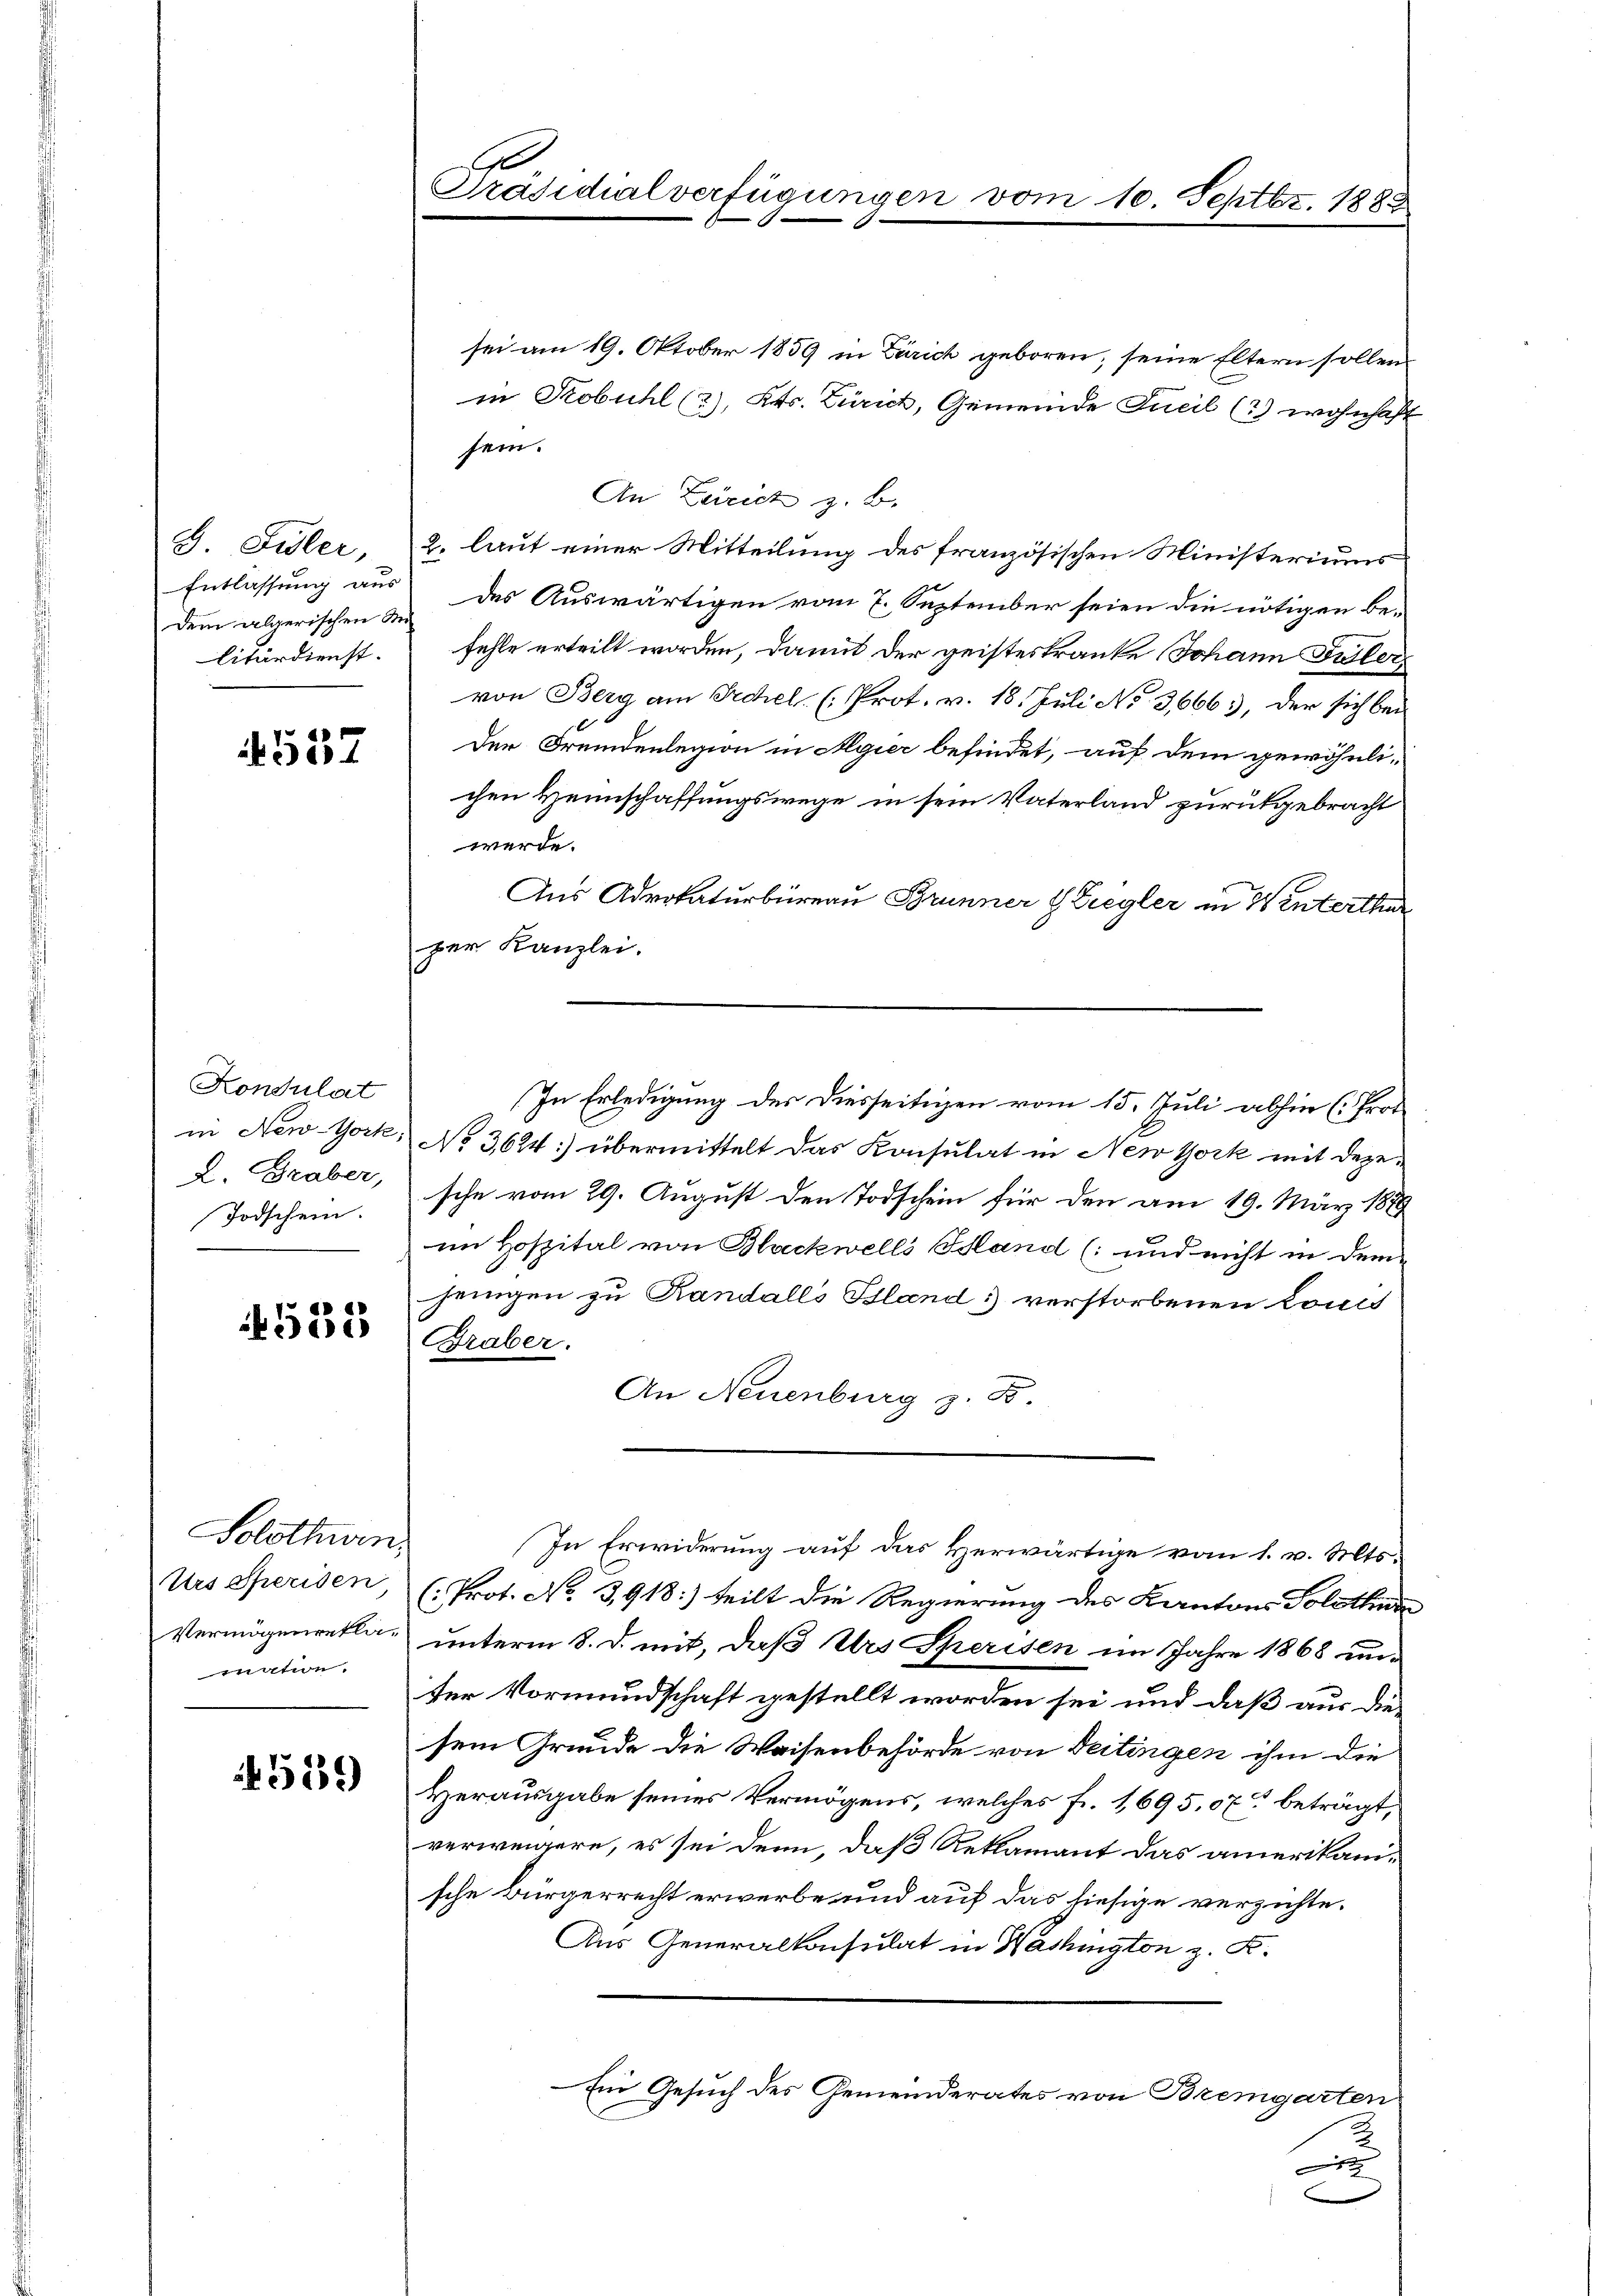
G. Sidler,
Entlassung aus
dem algerischen Re
litärdienst.

537

Kondulat
in New-York
L. Graber,
Todschein.

535

Solothurn,
Urs Speisen,
Vermögenreklamation.

4559

1
Präsidialverfügungen vom 10. Septbr. 1882

sei am 19. Oktober 1859 in Zürich geboren, seine Eltern sollenin Kobühl (2), Kts. Zürich, Gemeinde Jucil (2) wohnhaft
sein.
An Zürich z. B.
2. laut einer Mitteilung des französischen Ministeriums
des Auswärtigen vom 7. September seien die nötigen be-
fehle erteilt worden, damit der geisteskranke Johann Basler,
von Berg am Techel. (Prot. v. 18. Juli No 3,666), der sich bei
Der Fremdenlegion in Algier befindet, auf dem gewöhnlichen Heimschaffungswege in sein Vaterland zurückgebracht
werde.
Aus Advokaturbüreau Brunner & Ziegler in Winterthur
per Kanzlei.
No 3624) übermittelt das Konsulat in New York mit dezesche vom 29. August den Todschein für den am 19. März 1879
im Hospital von Blackwells Band (: und nicht in dem
jenigen zu Kandalls Bland verstorbenen Louis
Graber.
An Neuenburg z. B.
In Erwiderung auf das Herwärtige vom 1. v. Mts.
(Prot. No. 3918:) teilt die Regierung des Kantons Solothur
unterm 8. d. mit, daß Urs Speisen im Jahre 1868 un
ter Vormundschaft gestellt worden sei und daß aus diesem Grunde die Waisenbehörde von Deitingen ihm die
Herausgabe seines Vermögens, welches fr. 1695, 07 beträgt,
verweigere, es sei denn, daß Reklamant das amerikanische Bürgerrecht erwerbe und auf das hiesige verzichte.
Aus Generalkonsulat in Washington z. K.
Ein Gesuch des Gemeinderates von Bremgarten
2.
A

In Erledigung des Diesseitigen vom 15. Juli abhin (Prot